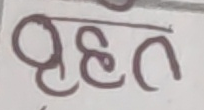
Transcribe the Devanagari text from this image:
वृहत्